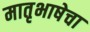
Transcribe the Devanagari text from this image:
मातृभाषेचा